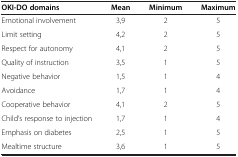
<table><thead><tr><td><b>OKI-DO domains</b></td><td><b>Mean</b></td><td><b>Minimum</b></td><td><b>Maximum</b></td></tr></thead><tbody><tr><td>Emotional involvement</td><td>3,9</td><td>2</td><td>5</td></tr><tr><td>Limit setting</td><td>4,2</td><td>2</td><td>5</td></tr><tr><td>Respect for autonomy</td><td>4,1</td><td>2</td><td>5</td></tr><tr><td>Quality of instruction</td><td>3,5</td><td>1</td><td>5</td></tr><tr><td>Negative behavior</td><td>1,5</td><td>1</td><td>4</td></tr><tr><td>Avoidance</td><td>1,7</td><td>1</td><td>4</td></tr><tr><td>Cooperative behavior</td><td>4,1</td><td>2</td><td>5</td></tr><tr><td>Child’s response to injection</td><td>1,7</td><td>1</td><td>4</td></tr><tr><td>Emphasis on diabetes</td><td>2,5</td><td>1</td><td>5</td></tr><tr><td>Mealtime structure</td><td>3,6</td><td>1</td><td>5</td></tr></tbody></table>